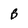
Character: B